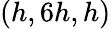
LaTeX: (h,6h,h)